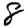
Digit: 8